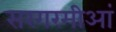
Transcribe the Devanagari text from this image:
सरगरमीआं